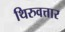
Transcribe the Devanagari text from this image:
थिरुवत्तार